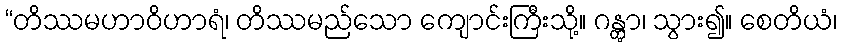
“တိဿမဟာဝိဟာရံ၊ တိဿမည်သော ကျောင်းကြီးသို့။ ဂန္တွာ၊ သွား၍။ စေတိယံ၊